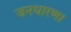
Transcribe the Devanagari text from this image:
जनधारणा